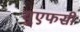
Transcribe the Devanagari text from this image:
युएफसी